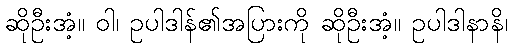
ဆိုဦးအံ့။ ဝါ၊ ဥပါဒါန်၏အပြားကို ဆိုဦးအံ့။ ဥပါဒါနာနိ၊